Annual report on the Civil Veterinary Department, Burma (including the Insein Veterinary School) - 1923-1931
Year: 1923
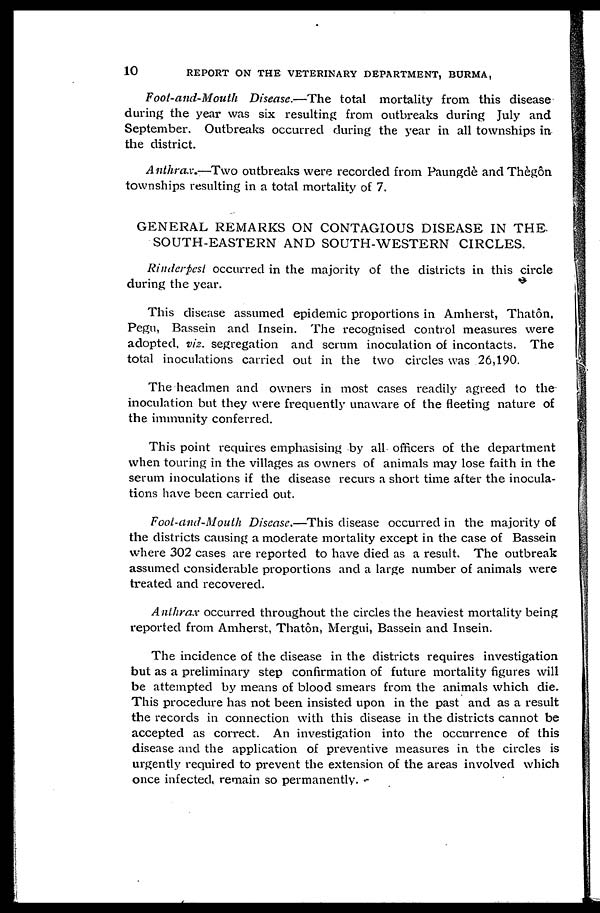
10
REPORT ON THE VETERINARY DEPARTMENT, BURMA,
Foot-and-Mouth Disease.—The total mortality from this disease
during the year was six resulting from outbreaks during July and
September. Outbreaks occurred during the year in all townships in
the district.
Anthrax.—Two outbreaks were recorded from Paungdè and Thègôn
townships resulting in a total mortality of 7.
GENERAL REMARKS ON CONTAGIOUS DISEASE IN THE
SOUTH-EASTERN AND SOUTH-WESTERN CIRCLES.
Rinderpest occurred in the majority of the districts in this circle
during the year.
This disease assumed epidemic proportions in Amherst, Thatôn,
Pegu, Bassein and Insein. The recognised control measures were
adopted, viz. segregation and serum inoculation of incontacts. The
total inoculations carried out in the two circles was 26,190.
The headmen and owners in most cases readily agreed to the
inoculation but they were frequently unaware of the fleeting nature of
the immunity conferred.
This point requires emphasising by all officers of the department
when touring in the villages as owners of animals may lose faith in the
serum inoculations if the disease recurs a short time after the inocula-
tions have been carried out.
Foot-and-Mouth Disease.—This disease occurred in the majority of
the districts causing a moderate mortality except in the case of Bassein
where 302 cases are reported to have died as a result. The outbreak
assumed considerable proportions and a large number of animals were
treated and recovered.
Anthrax occurred throughout the circles the heaviest mortality being
reported from Amherst, Thatôn, Mergui, Bassein and Insein.
The incidence of the disease in the districts requires investigation
but as a preliminary step confirmation of future mortality figures will
be attempted by means of blood smears from the animals which die.
This procedure has not been insisted upon in the past and as a result
the records in connection with this disease in the districts cannot be
accepted as correct. An investigation into the occurrence of this
disease and the application of preventive measures in the circles is
urgently required to prevent the extension of the areas involved which
once infected, remain so permanently.